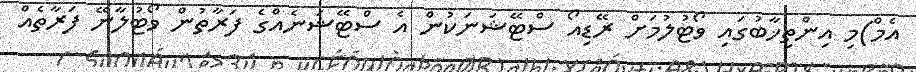
އެމް)މި އިންތިޚާބުގައި ވޯޓުލުމަށް ރޭޑިއޯ ސްޓޭޝަނަކުން އެ ސްޓޭޝަނެއްގެ ފަރާތުން ވޯޓުލާނޭ ފަރާތެއް